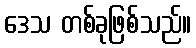
ဒေသ တစ်ခုဖြစ်သည်။